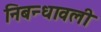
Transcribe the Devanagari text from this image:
निबन्धावली